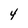
Character: 4